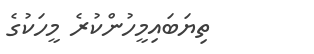
ތިޔަބައިމީހުންކުރެ މީހަކުގެ